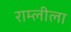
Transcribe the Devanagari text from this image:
राम्लीला